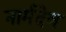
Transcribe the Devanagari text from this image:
नार्मदेव